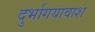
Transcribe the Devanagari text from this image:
दुर्भागयावाश